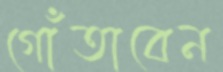
গোঁতাবেন